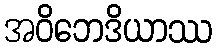
အဝိဘေဒိယာဿ